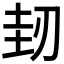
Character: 𠜤